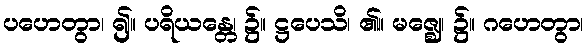
ပဟေတွာ၊ ၍။ ပရိယန္တေ၊ ၌။ ဋ္ဌပေသိ၊ ၏။ မဇ္ဈေ၊ ၌။ ဂဟေတွာ၊